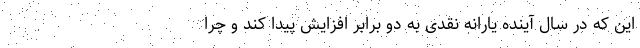
این که در سال آینده یارانه‌ نقدی به دو برابر افزایش پیدا کند و چرا